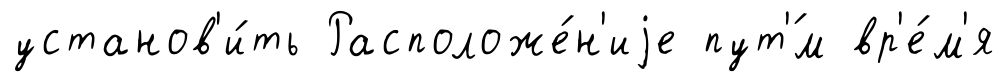
установ'и́ть Расположе́н'иjе пут'́м вр'е́м'я